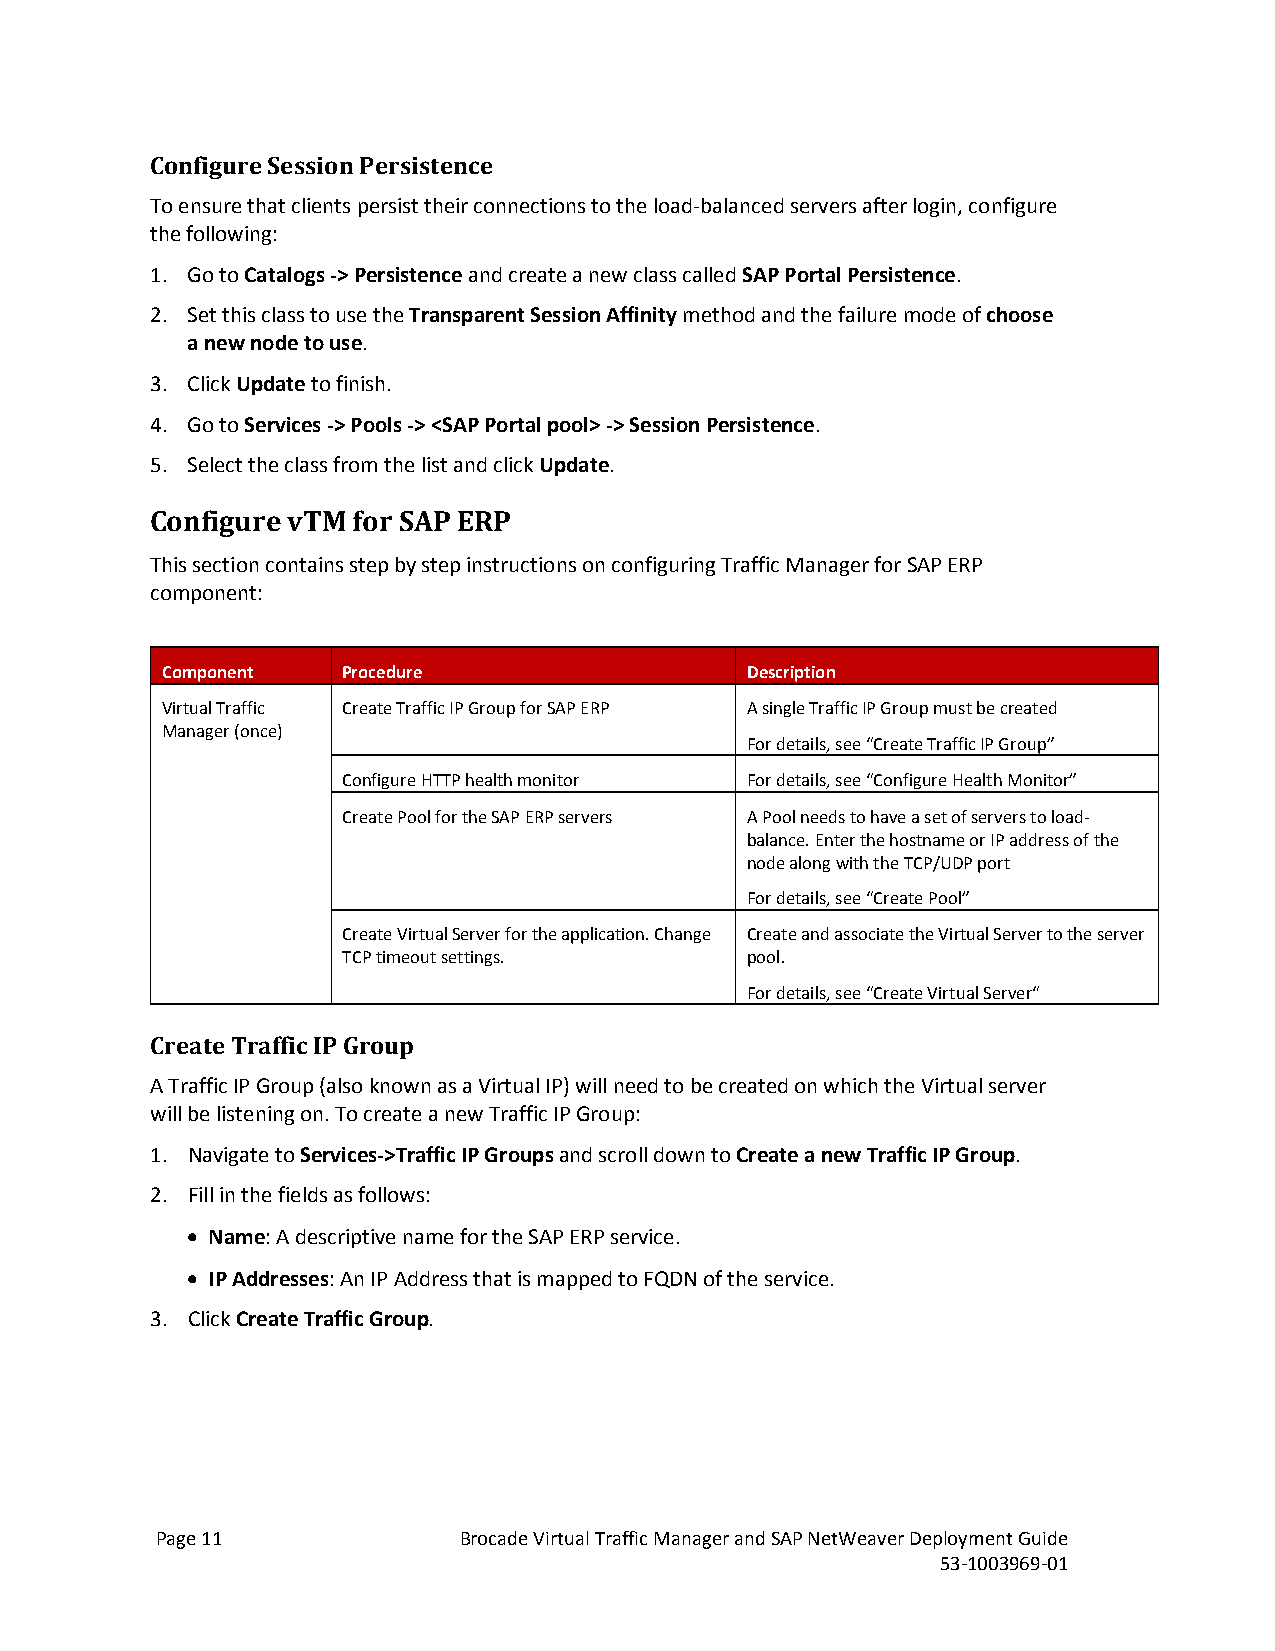
Configure Session Persistence
 To ensure that clients persist their connections to the load-balanced servers after login, configure
 the following:
 1. Go to Catalogs -> Persistence and create a new class called SAP Portal Persistence.
 2. Set this class to use the Transparent Session Affinity method and the failure mode of choose
 a new node to use.
 3. Click Update to finish.
 4. Go to Services -> Pools -> <SAP Portal pool> -> Session Persistence.
 5. Select the class from the list and click Update.
 Configure vTM for SAP ERP
 This section contains step by step instructions on configuring Traffic Manager for SAP ERP
 component:
 Component   Procedure                 Description
 Virtual Traffic Create Traffic IP Group for SAP ERP A single Traffic IP Group must be created
 Manager (once)
 For details, see “Create Traffic IP Group”
 Configure HTTP health monitor For details, see “Configure Health Monitor”
 Create Pool for the SAP ERP servers A Pool needs to have a set of servers to load-
 balance. Enter the hostname or IP address of the
 node along with the TCP/UDP port
 For details, see “Create Pool”
 Create Virtual Server for the application. Change Create and associate the Virtual Server to the server
 TCP timeout settings.     pool.
 For details, see “Create Virtual Server“
 Create Traffic IP Group
 A Traffic IP Group (also known as a Virtual IP) will need to be created on which the Virtual server
 will be listening on. To create a new Traffic IP Group:
 1. Navigate to Services->Traffic IP Groups and scroll down to Create a new Traffic IP Group.
 2. Fill in the fields as follows:
 • Name: A descriptive name for the SAP ERP service.
 • IP Addresses: An IP Address that is mapped to FQDN of the service.
 3. Click Create Traffic Group.
 Page 11             Brocade Virtual Traffic Manager and SAP NetWeaver Deployment Guide
 53-1003969-01